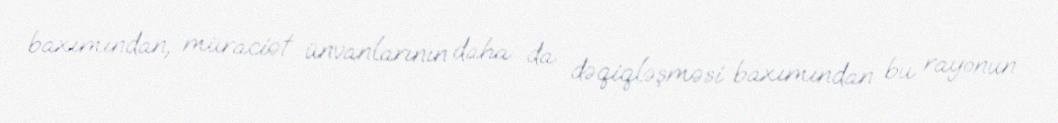
baxımından, müraciət ünvanlarının daha da dəqiqləşməsi baxımından bu rayonun